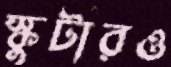
স্কুটারও